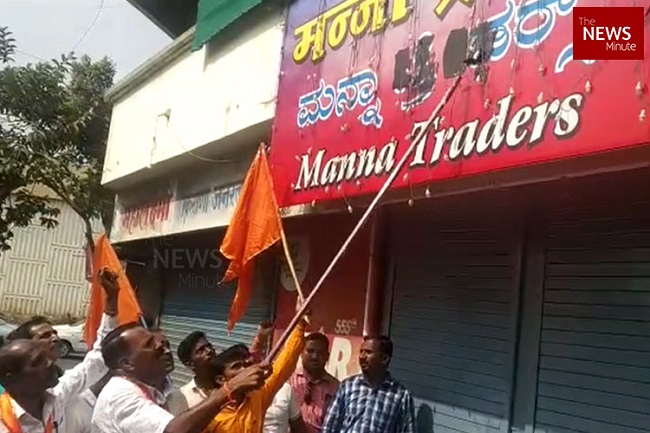
Language: kannada
Transcription: ಮನ್ನಾ